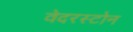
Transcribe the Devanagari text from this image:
वेदरस्‍टोन